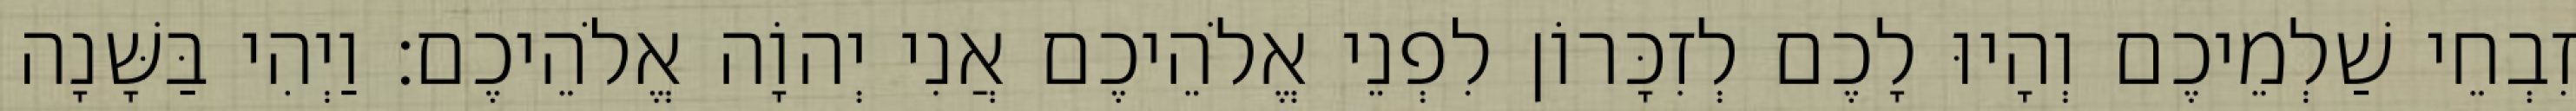
זִבְחֵי שַׁלְמֵיכֶם וְהָיוּ לָכֶם לְזִכָּרוֹן לִפְנֵי אֱלֹהֵיכֶם אֲנִי יְהוָֹה אֱלֹהֵיכֶם׃ וַיְהִי בַּשָּׁנָה